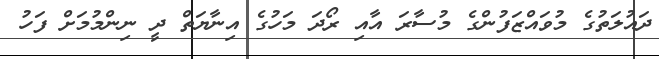
ދައުލަތުގެ މުވައްޒަފުންގެ މުސާރަ އާއި ރޯދަ މަހުގެ އިނާޔަތް ދީ ނިންމުމަށް ފަހު